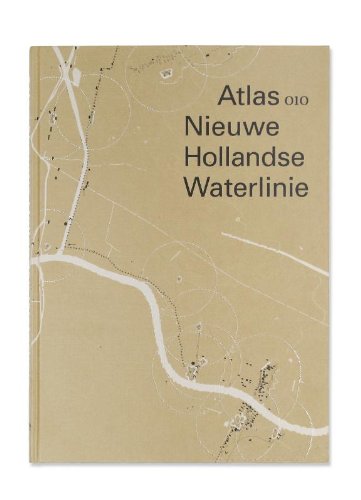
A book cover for Atlas Nieuwe Hollandse Waterlinie (Dutch Edition); Travel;